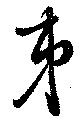
弟